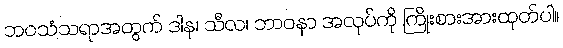
ဘဝသံသရာအတွက် ဒါန၊ သီလ၊ ဘာဝနာ အလုပ်ကို ကြိုးစားအားထုတ်ပါ။